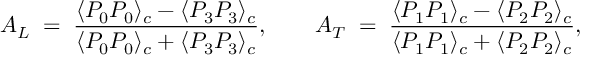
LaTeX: A _ { L } \; = \; { \frac { \displaystyle \langle P _ { 0 } P _ { 0 } \rangle _ { c } - \langle P _ { 3 } P _ { 3 } \rangle _ { c } } { \displaystyle \langle P _ { 0 } P _ { 0 } \rangle _ { c } + \langle P _ { 3 } P _ { 3 } \rangle _ { c } } } , \quad \quad A _ { T } \; = \; { \frac { \displaystyle \langle P _ { 1 } P _ { 1 } \rangle _ { c } - \langle P _ { 2 } P _ { 2 } \rangle _ { c } } { \displaystyle \langle P _ { 1 } P _ { 1 } \rangle _ { c } + \langle P _ { 2 } P _ { 2 } \rangle _ { c } } } ,